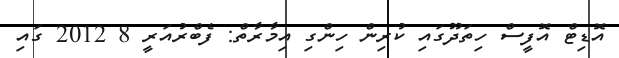
އޮޑިޓް އޮފީސް ހިތަދޫގައި ކުރިން ހިންގި އިމާރާތް: ފެބްރުއަރީ 8 2012 ގައި